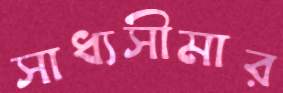
সাধ্যসীমার